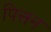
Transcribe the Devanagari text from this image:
पित्तन